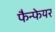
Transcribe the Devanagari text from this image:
फैन्फेयर